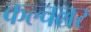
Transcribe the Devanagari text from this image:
कल्चलर